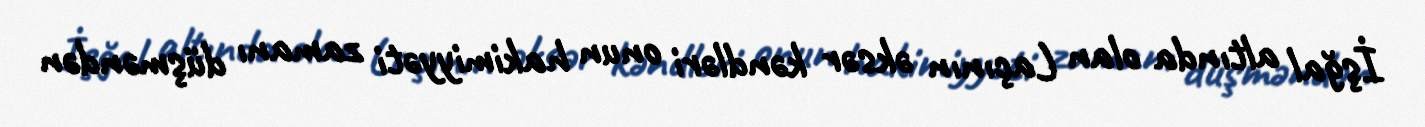
İşğal altında olan Laçının əksər kəndləri onun hakimiyyəti zamanı düşməndən